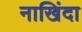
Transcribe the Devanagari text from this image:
नाखिंदा